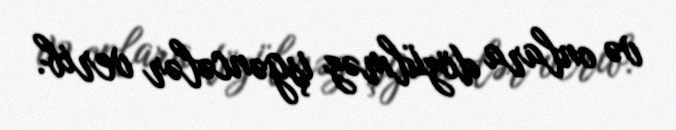
və onlara dözülməz işgəncələr verib.